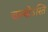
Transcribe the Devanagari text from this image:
चान्योऽस्ति